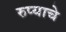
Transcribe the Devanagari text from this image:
रुप्याचे